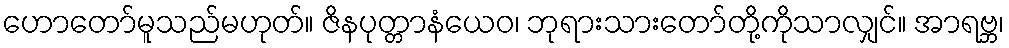
ဟောတော်မူသည်မဟုတ်။ ဇိနပုတ္တာနံယေဝ၊ ဘုရားသားတော်တို့ကိုသာလျှင်။ အာရဗ္ဘ၊